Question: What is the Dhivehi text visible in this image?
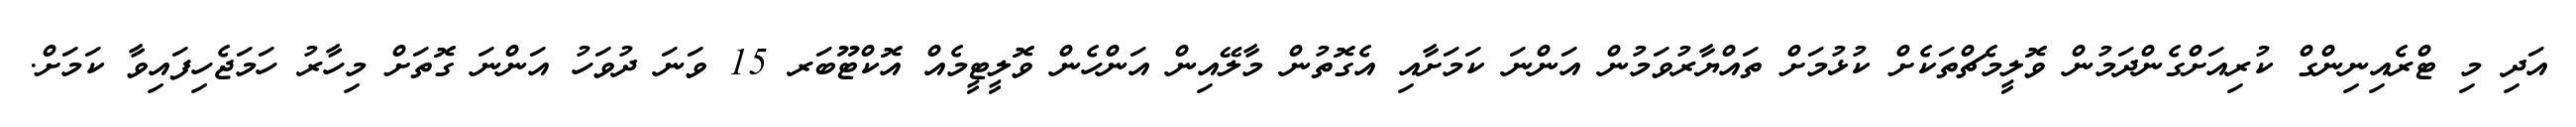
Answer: އަދި މި ޓްރެއިނިންގް ކުރިއަށްގެންދަމުން ވޮލީމެޗްތަކެށް ކުޅުމަށް ތައްޔާރުވަމުން އަންނަ ކަމަށާއި އެގޮތުން މާލޭއިން އަންހެން ވޮލީޓީމެއް އޮކްޓޫބަރ 15 ވަނަ ދުވަހު އަންނަ ގޮތަށް މިހާރު ހަމަޖެހިފައިވާ ކަމަށް.